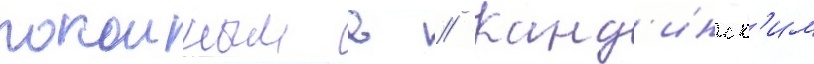
покоиным в // Канд'инск'им